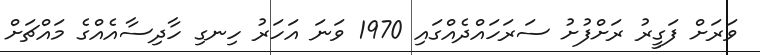
ވަރަށް ފަގީރު ރަށްފުށު ސަރަހައްދެއްގައި 1970 ވަނަ އަހަރު ހިނގި ހާދިސާއެއްގެ މައްޗަށް